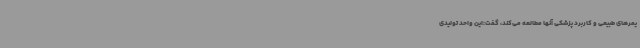
یمرهای طبیعی و کاربرد پزشکی آنها مطالعه می‌کند، گفت:این واحد تولیدی